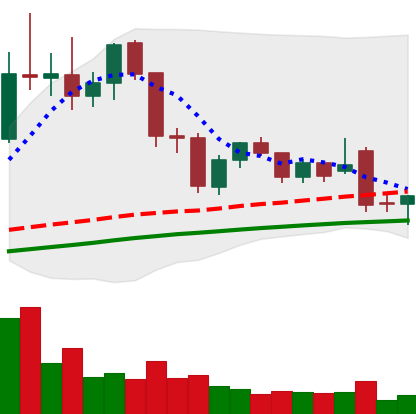
Ticker: LTC-USD
Chart end date: 2021-11-28
Forward return: -5.646%
Label: down_5_7